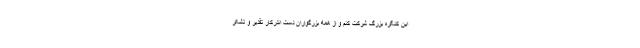
این کنگره بزرگ شرکت کنم و از همه بزرگواران دست اندرکار تقدیر و تشکر